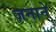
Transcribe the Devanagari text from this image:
ज़नाने